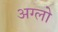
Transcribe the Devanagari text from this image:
अग्लो